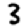
Digit: 3